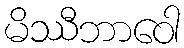
မိဿီဘာဝေါ